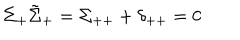
\Sigma _ { + } \tilde { \Sigma } _ { + } = \Sigma _ { + + } + \delta _ { + + } = 0